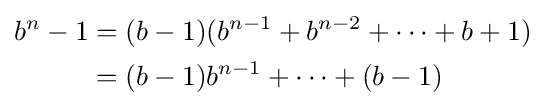
{\begin{aligned}b^{n}-1&=(b-1)(b^{n-1}+b^{n-2}+\cdots +b+1)\\&=(b-1)b^{n-1}+\cdots +(b-1)\end{aligned}}